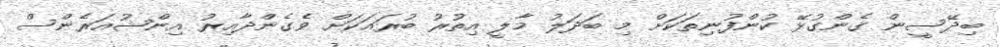
ބިދޭސީން ގެންގުޅޭ ކުންފުނިތަކަށް މި ބަދަލު މާލީ އިތުުރު ބުރައަކަށް ވެގެންދާއިރު އިންޝުއަރެންސް